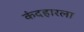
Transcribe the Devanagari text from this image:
कंदहारला